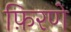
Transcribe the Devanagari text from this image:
फ़िरणे